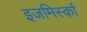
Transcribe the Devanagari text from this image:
इजमिर्स्का